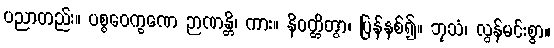
ပညာတည်း။ ပစ္စဝေက္ခဏေ ဉာဏန္တိ၊ ကား။ နိဝတ္တိတွာ၊ ပြန်နစ်၍။ ဘုသံ၊ လွန်မင်းစွာ။